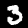
Digit: 3